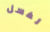
لغسل